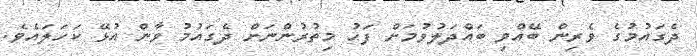
ދެގައުމުގެ ވެރިން ބޭއްވި ބައްދަލުވުމަށް ފަހު މިތުރުންނަށް ދެގައުމު ވާން އުޅޭ ކަހަލައެވެ.